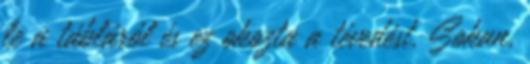
le a tábláról és ez okozta a tévedést. Sokan,